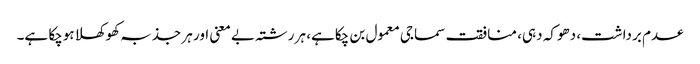
عدم برداشت، دھوکہ دہی، منافقت سماجی معمول بن چکاہے، ہر رشتہ بے معنی اور ہر جذبہ کھوکھلا ہوچکا ہے۔